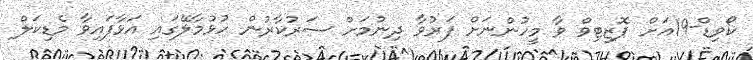
ކޯވިޑް-19އަށް ޕޮޒިޓިވް ވާ މީހުންނަށް ފަރުވާ ދިނުމަށް ސަރުކާރުން ހުޅުމާލޭގައި އަޅާފައިވާ މެޑިކަލް